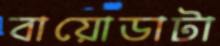
বায়োডাটা